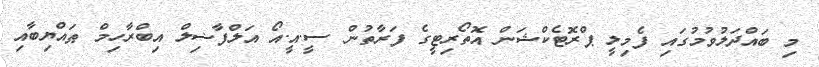
މި ބައްދަލުވުމުގައި ފެމިލީ ޕްރޮޓެކްޝަން އޮތޯރިޓީގެ ފަރާތުން ސީ.އީ.އޯ އަލްފާޟިލް އިބްރާހިމް ޠައްޔިބާއި